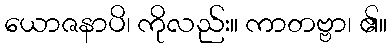
ယောဇနာပိ၊ ကိုလည်း။ ကာတဗ္ဗာ၊ ၏။